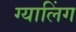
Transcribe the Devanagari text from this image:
ग्यालिंग